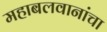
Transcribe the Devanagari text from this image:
महाबलवानांचा